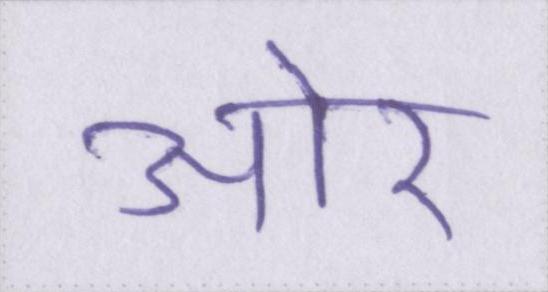
आ॓र